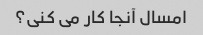
امسال آنجا کار می کنی؟